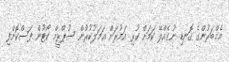
މެމްބަރުންގެ ގޮނޑި ނުގެއްލޭ ކަމަށް ކުރި އަމުރަށް ޢަމަލުކުރުން ސުޕްރީމް ކޯޓުން ފަސްކޮށްފި